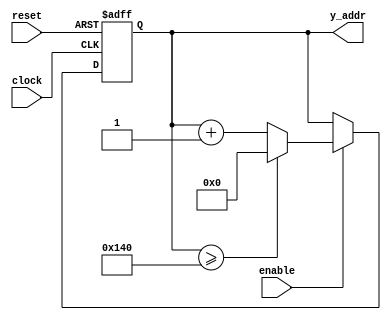
module Yaddr#(
	parameter Y_MAX = 9'd320
	)(
	input wire			clock,
	input wire 			reset,
	input wire 			enable,
	output reg [8:0] 	y_addr
	);
	
	always @(posedge clock or posedge reset) begin 
		
		if (reset) begin 
			
			y_addr <= 9'd0;
		
		end else if (enable) begin
			
			if (y_addr >= Y_MAX) begin
				
				y_addr <= 9'd0;
				
			end else begin 
				
				y_addr <= y_addr + 9'd1;
				
			end
			
		end
		
	end
	
endmodule